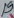
Text: 19